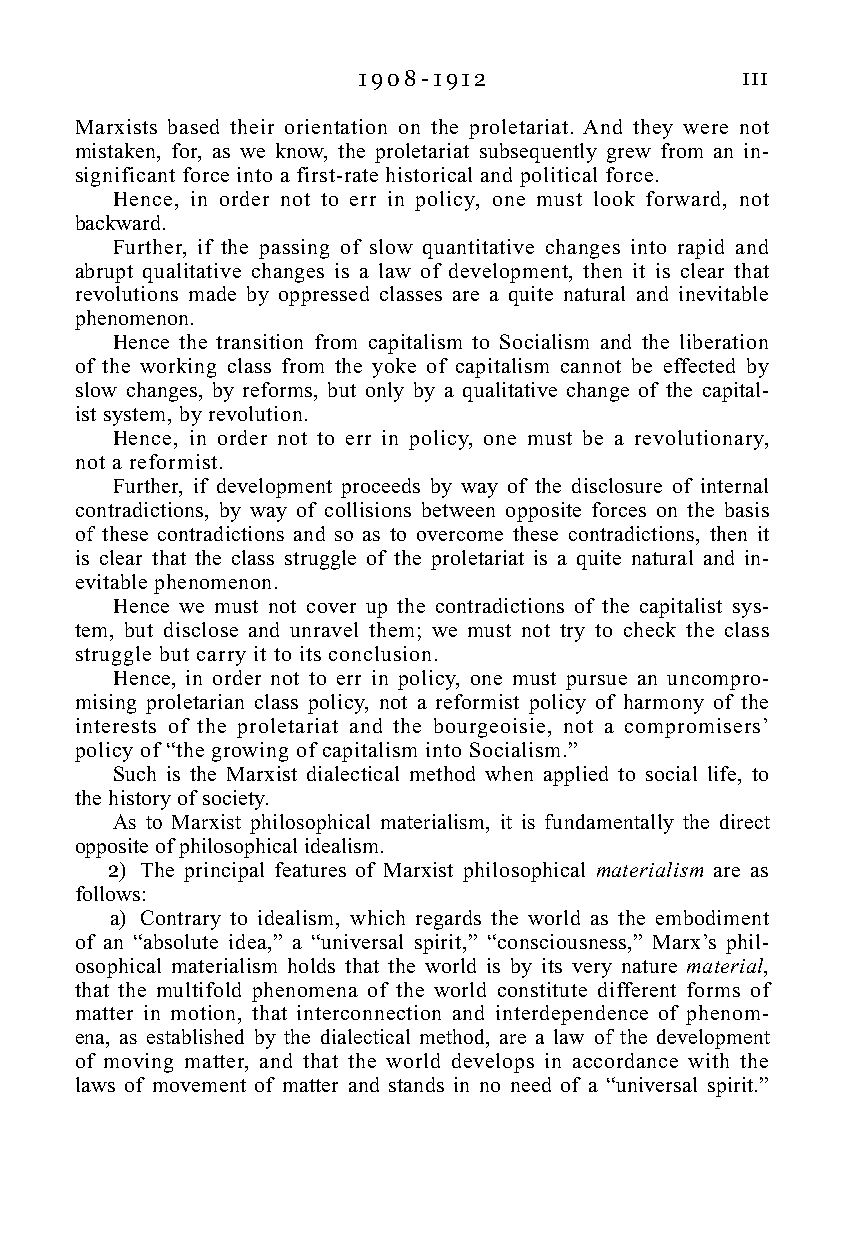
1 9 0 8 - 1 9 1 2        111
 Marxists based their orientation on the proletariat. And they were not
 mistaken, for, as we know, the proletariat subsequently grew from an in-
 significant force into a first-rate historical and political force.
 Hence, in order not to err in policy, one must look forward, not
 backward.
 Further, if the passing of slow quantitative changes into rapid and
 abrupt qualitative changes is a law of development, then it is clear that
 revolutions made by oppressed classes are a quite natural and inevitable
 phenomenon.
 Hence the transition from capitalism to Socialism and the liberation
 of the working class from the yoke of capitalism cannot be effected by
 slow changes, by reforms, but only by a qualitative change of the capital-
 ist system, by revolution.
 Hence, in order not to err in policy, one must be a revolutionary,
 not a reformist.
 Further, if development proceeds by way of the disclosure of internal
 contradictions, by way of collisions between opposite forces on the basis
 of these contradictions and so as to overcome these contradictions, then it
 is clear that the class struggle of the proletariat is a quite natural and in-
 evitable phenomenon.
 Hence we must not cover up the contradictions of the capitalist sys-
 tem, but disclose and unravel them; we must not try to check the class
 struggle but carry it to its conclusion.
 Hence, in order not to err in policy, one must pursue an uncompro-
 mising proletarian class policy, not a reformist policy of harmony of the
 interests of the proletariat and the bourgeoisie, not a compromisers’
 policy of “the growing of capitalism into Socialism.”
 Such is the Marxist dialectical method when applied to social life, to
 the history of society.
 As to Marxist philosophical materialism, it is fundamentally the direct
 opposite of philosophical idealism.
 2) The principal features of Marxist philosophical materialism are as
 follows:
 a) Contrary to idealism, which regards the world as the embodiment
 of an “absolute idea,” a “universal spirit,” “consciousness,” Marx’s phil-
 osophical materialism holds that the world is by its very nature material,
 that the multifold phenomena of the world constitute different forms of
 matter in motion, that interconnection and interdependence of phenom-
 ena, as established by the dialectical method, are a law of the development
 of moving matter, and that the world develops in accordance with the
 laws of movement of matter and stands in no need of a “universal spirit.”